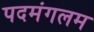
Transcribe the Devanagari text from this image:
पदमंगलम